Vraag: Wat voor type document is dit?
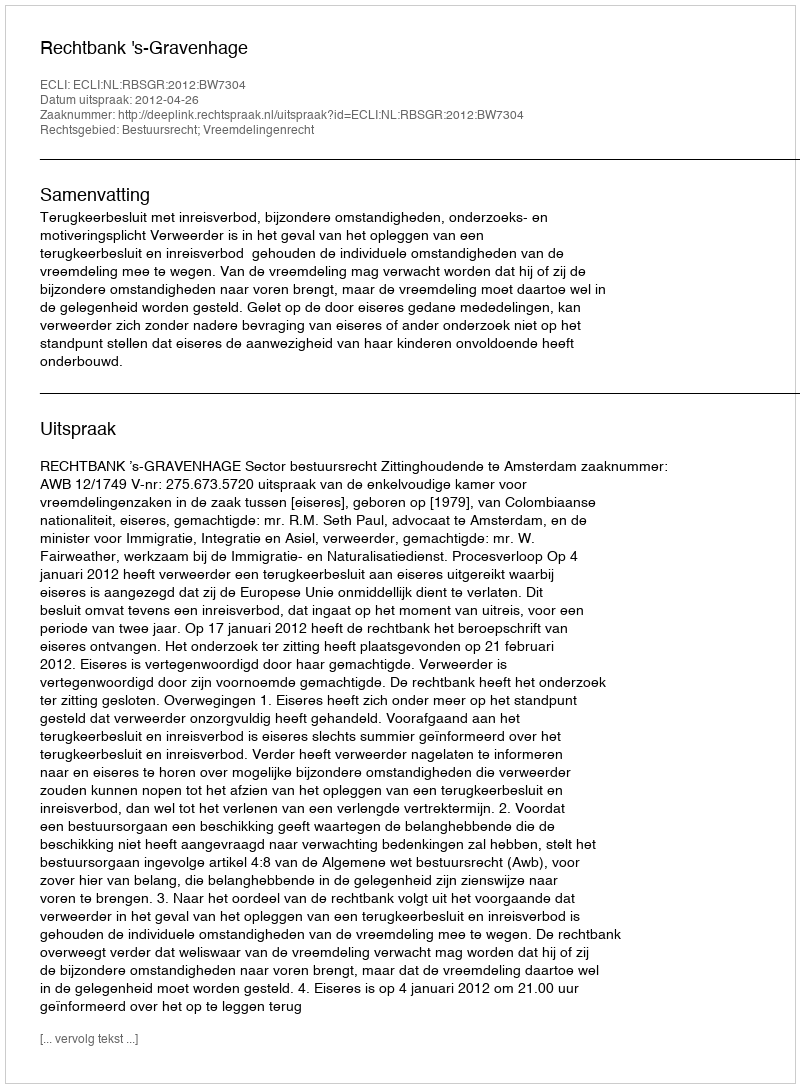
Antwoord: Uitspraak